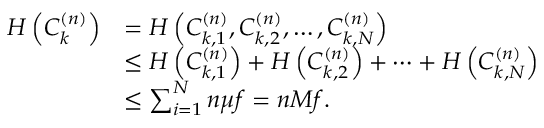
\begin{array} { r l } { H \left( C _ { k } ^ { ( n ) } \right) } & { = H \left( C _ { k , 1 } ^ { ( n ) } , C _ { k , 2 } ^ { ( n ) } , \dots , C _ { k , N } ^ { ( n ) } \right) } \\ & { \leq H \left( C _ { k , 1 } ^ { ( n ) } \right) + H \left( C _ { k , 2 } ^ { ( n ) } \right) + \cdots + H \left( C _ { k , N } ^ { ( n ) } \right) } \\ & { \leq \sum _ { i = 1 } ^ { N } n \mu f = n M f . } \end{array}